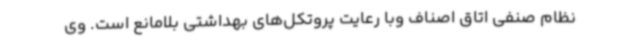
نظام صنفی اتاق اصناف وبا رعایت پروتکل‌های بهداشتی بلامانع است. وی